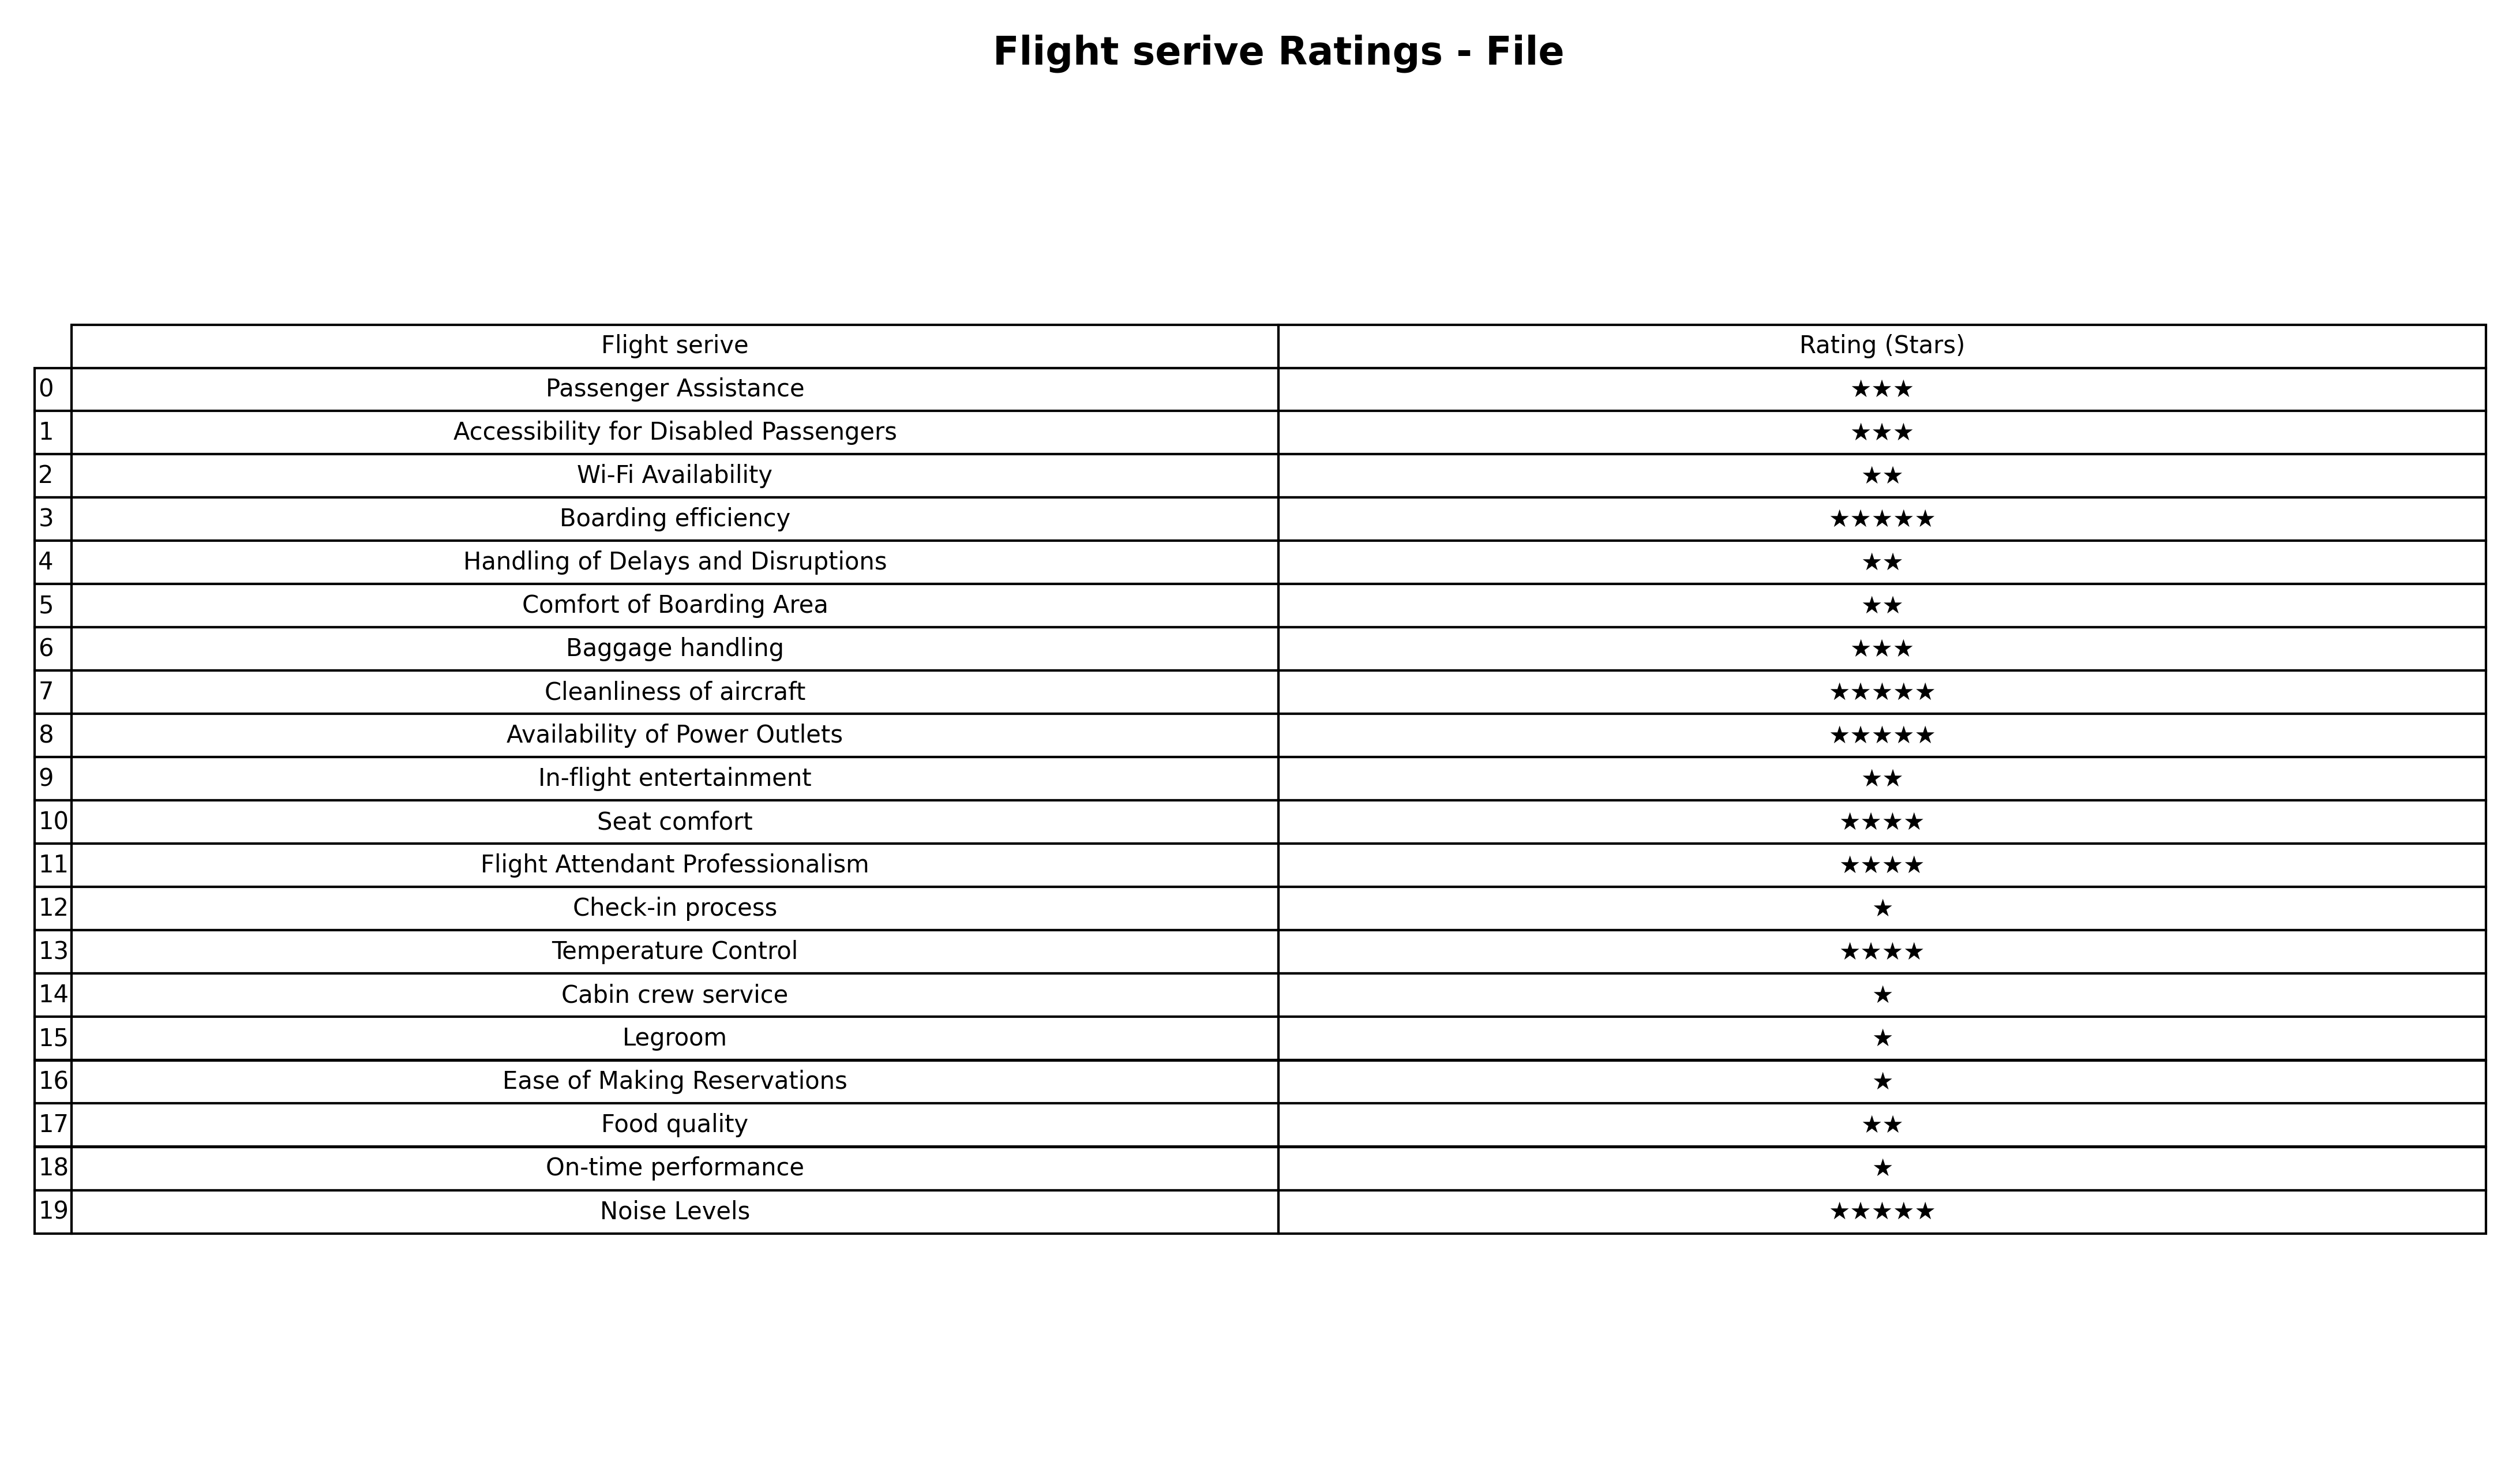
question: What are three star services?
answer: Passenger AssistanceAccessibility for Disabled PassengersBaggage handling